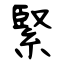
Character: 緊